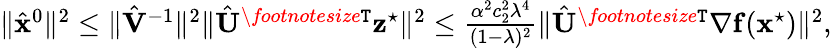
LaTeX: \begin{array}{r}{\| \hat{{\mathbf{x}}}^{0}\| ^{2}\leq\| \hat{{\mathbf{V}}}^{-1}\| ^{2}\| \hat{{\mathbf{U}}}^{\textit{\footnotesize\texttt{T}}}{\mathbf{z}}^{\star}\| ^{2}\leq\frac{\alpha^{2}c_{2}^{2}\lambda^{4}}{(1-\lambda)^{2}}\| \hat{{\mathbf{U}}}^{\textit{\footnotesize\texttt{T}}}{\nabla}\mathbf{f}(\mathbf{x}^{\star})\| ^{2},}\end{array}